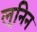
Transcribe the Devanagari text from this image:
लूनिन